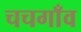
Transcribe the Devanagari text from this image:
चचगाँव